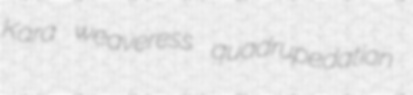
Kara weaveress quadrupedation